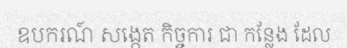
ឧបករណ៍ សង្កេត កិច្ចការ ជា កន្លែង ដែល